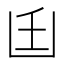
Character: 𠚂